Senior Leaving Certificate Examination (including Day School Certificate (Higher) General paper), 1949
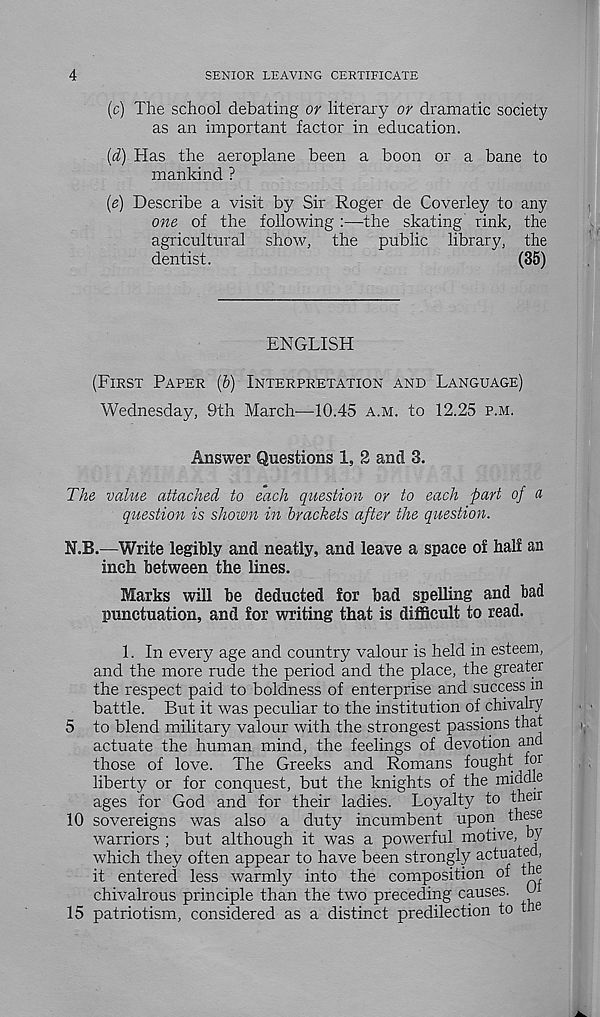
4
SENIOR LEAVING CERTIFICATE
(c) The school debating or literary or dramatic society
as an important factor in education.
(d) Has the aeroplane been a boon or a bane to
mankind ?
(e) Describe a visit by Sir Roger de Coverley to any
one of the following :—the skating rink, the
agricultural show, the public library, the
dentist.
(35)
ENGLISH
(FIRST PAPER (&) INTERPRETATION AND LANGUAGE)
Wednesday, 9th March—10.45 A.M. to 12.25 P.M.
Answer Questions 1, 2 and 3.
T/ie value attached to each question or to each part of a
question is shown in brackets after the question.
N.B.—Write legibly and neatly, and leave a space of half an
inch between the lines.
Marks will be deducted for bad spelling and bad
punctuation, and for writing that is difficult to read.
1. In every age and country valour is held in esteem,
and the more rude the period and the place, the greater
the respect paid to boldness of enterprise and success m
battle. But it was peculiar to the institution of chivalry
5 to blend military valour with the strongest passions that
actuate the human mind, the feelings of devotion and
those of love. The Greeks and Romans fought for
liberty or for conquest, but the knights of the middle
ages for God and for their ladies. Loyalty to then
10 sovereigns was also a duty incumbent upon these
warriors ; but although it was a powerful motive, by
which they often appear to have been strongly actuated,
it entered less warmly into the composition of the
chivalrous principle than the two preceding causes. ^
15 patriotism, considered as a distinct predilection to the